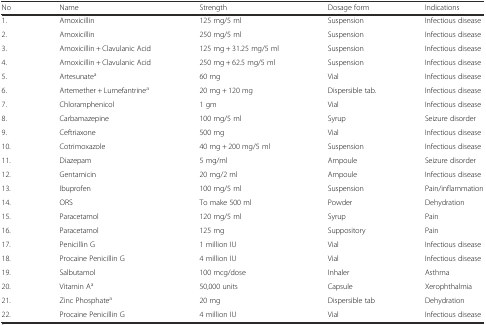
| No | Name | Strength | Dosage form | Indications |
 | --- | --- | --- | --- | --- |
 | 1. | Amoxicillin | 125 mg/5 ml | Suspension | Infectious disease |
 | 2. | Amoxicillin | 250 mg/5 ml | Suspension | Infectious disease |
 | 3. | Amoxicillin + Clavulanic Acid | 125 mg + 31.25 mg/5 ml | Suspension | Infectious disease |
 | 4. | Amoxicillin + Clavulanic Acid | 250 mg + 62.5 mg/5 ml | Suspension | Infectious disease |
 | 5. | Artesunatea | 60 mg | Vial | Infectious disease |
 | 6. | Artemether + Lumefantrinea | 20 mg + 120 mg | Dispersible tab. | Infectious disease |
 | 7. | Chloramphenicol | 1 gm | Vial | Infectious disease |
 | 8. | Carbamazepine | 100 mg/5 ml | Syrup | Seizure disorder |
 | 9. | Ceftriaxone | 500 mg | Vial | Infectious disease |
 | 10. | Cotrimoxazole | 40 mg + 200 mg/5 ml | Suspension | Infectious disease |
 | 11. | Diazepam | 5 mg/ml | Ampoule | Seizure disorder |
 | 12. | Gentamicin | 20 mg/2 ml | Ampoule | Infectious disease |
 | 13. | Ibuprofen | 100 mg/5 ml | Suspension | Pain/inflammation |
 | 14. | ORS | To make 500 ml | Powder | Dehydration |
 | 15. | Paracetamol | 120 mg/5 ml | Syrup | Pain |
 | 16. | Paracetamol | 125 mg | Suppository | Pain |
 | 17. | Penicillin G | 1 million IU | Vial | Infectious disease |
 | 18. | Procaine Penicillin G | 4 million IU | Vial | Infectious disease |
 | 19. | Salbutamol | 100 mcg/dose | Inhaler | Asthma |
 | 20. | Vitamin Aa | 50,000 units | Capsule | Xerophthalmia |
 | 21. | Zinc Phosphatea | 20 mg | Dispersible tab | Dehydration |
 | 22. | Procaine Penicillin G | 4 million IU | Vial | Infectious disease |